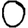
Digit: 0